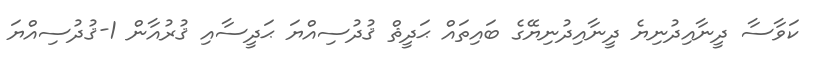
ކަވާސާ ދީނާއިދުނިޔެ ދީނާއިދުނިޔޭގެ ބައިތައް ޙަދީޘް ޤުދުސިއްޔަ ޙަދީސާއި ޤުރުއާން 1-ޤުދުސިއްޔަ